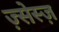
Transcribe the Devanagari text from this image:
ज़्सेस्ज़